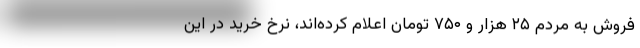
فروش به مردم ۲۵ هزار و ۷۵۰ تومان اعلام کرده‌اند، نرخ خرید در این